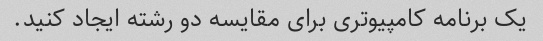
یک برنامه کامپیوتری برای مقایسه دو رشته ایجاد کنید.